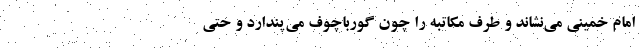
امام خمینی می‌نشاند و طرف مکاتبه را چون گورباچوف می‌پندارد و حتی